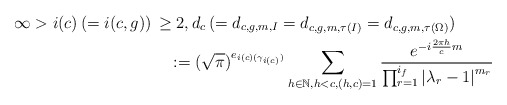
\begin{align*} &\infty>i(c)\,(=i(c, g))\,\ge 2, d_c\,(=d_{c,g, m, I}=d_{c,g, m, \tau(I)}=d_{c,g, m,\tau(\Omega)})\\&\qquad\qquad\qquad\qquad\quad\,\,\,:=(\sqrt{\pi})^{e_{i(c)(\gamma_{i(c)})}}\sum_{h\in\mathbb{N}, h<c, (h, c)=1}\frac{e^{-i\frac{2\pi h}{c}{m}}}{\prod_{r=1}^{i_f}\left\vert \lambda_r-1\right\vert^{m_r}}\end{align*}